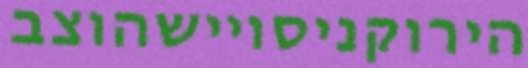
הירוקניסויישהוצב